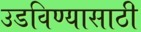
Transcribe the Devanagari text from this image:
उडविण्यासाठी